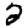
Digit: 2